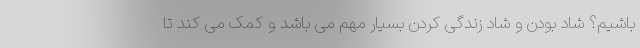
باشیم؟ شاد بودن و شاد زندگی کردن بسیار مهم می باشد و کمک می کند تا